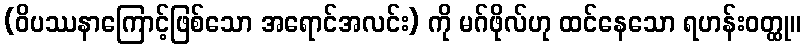
(ဝိပဿနာကြောင့်ဖြစ်သော အရောင်အလင်း) ကို မဂ်ဖိုလ်ဟု ထင်နေသော ရဟန်းဝတ္ထု။